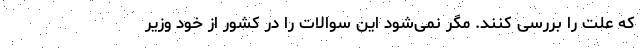
که علت را بررسی کنند. مگر نمی‌شود این سوالات را در کشور از خود وزیر